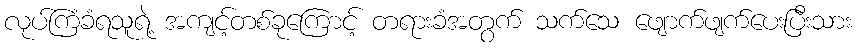
လုပ်ကြံခံရသူရဲ့ အကျင့်တစ်ခုကြောင့် တရားခံအတွက် သက်သေ ဖျောက်ဖျက်ပေးပြီးသား